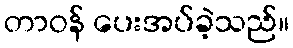
တာဝန် ပေးအပ်ခဲ့သည်။